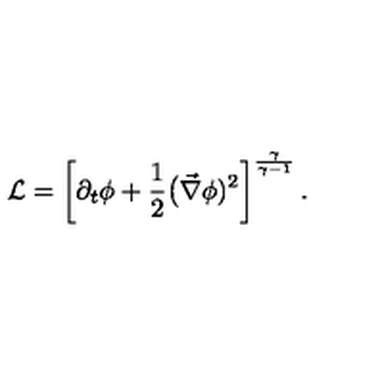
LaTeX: { \cal L } = \left[ \partial _ { t } \phi + \frac { 1 } { 2 } \big ( \vec { \nabla } \phi ) ^ { 2 } \right] ^ { \frac { \gamma } { \gamma - 1 } } .